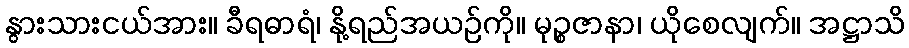
နွားသားငယ်အား။ ခီရဓာရံ၊ နို့ရည်အယဉ်ကို။ မုဉ္စဇာနာ၊ ယိုစေလျက်။ အဋ္ဌာသိ